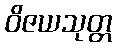
ဝိဇယသုတ္တ